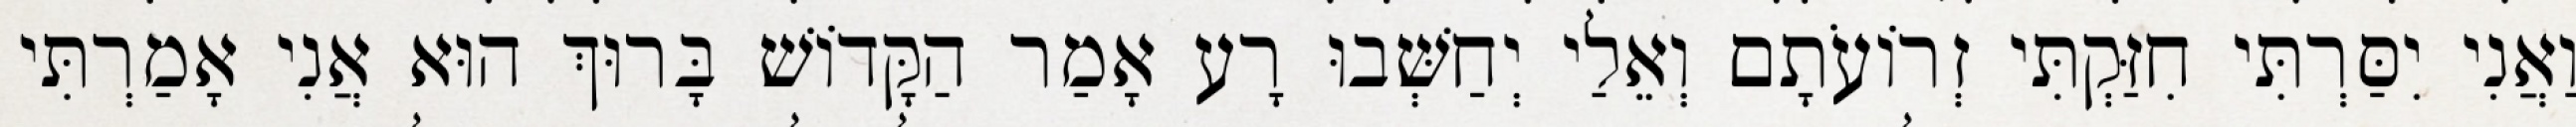
וַאֲנִי יִסַּרְתִּי חִזַּקְתִּי זְרוֹעֹתָם וְאֵלַי יְחַשְּׁבוּ רָע אָמַר הַקָּדוֹשׁ בָּרוּךְ הוּא אֲנִי אָמַרְתִּי